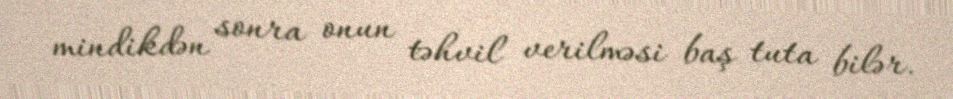
mindikdən sonra onun təhvil verilməsi baş tuta bilər.